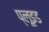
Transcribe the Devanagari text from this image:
प्लूइड